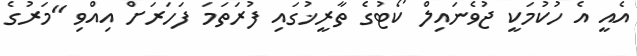
އެއީ އެ ހުކުމަކީ ޖުވެނައިލް ކޯޓުގެ ތާރީޚުގައި ފުރަތަމަ ފަހަރަށް އިއްވި "މަރުގެ